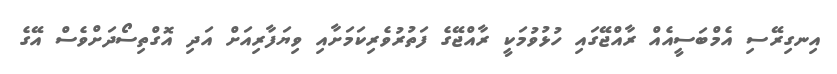
އިނގިރޭސި އެމްބަސީއެއް ރާއްޖޭގައި ހުޅުވުމަކީ ރާއްޖޭގެ ފަތުރުވެރިކަމަށާއި ވިޔަފާރިއަށް އަދި އޮގްތިސޯދަށްވެސް އޭގެ